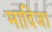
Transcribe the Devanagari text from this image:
मादिजा